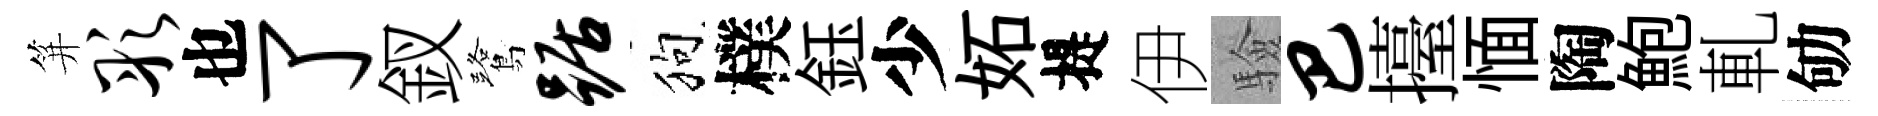
笄彤也了釵鷺踞狗樸鈺少妬提伊驗巴擡愐陶鮑軋劬